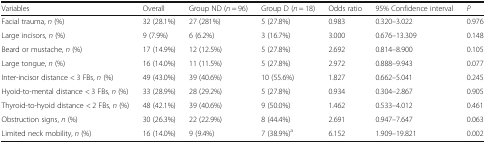
<table><thead><tr><td><b>Variables</b></td><td><b>Overall</b></td><td><b>Group ND (<i>n</i> = 96)</b></td><td><b>Group D (<i>n</i> = 18)</b></td><td><b>Odds ratio</b></td><td><b>95% Confidence interval</b></td><td><b><i>P</i></b></td></tr></thead><tbody><tr><td>Facial trauma, <i>n</i> (%)</td><td>32 (28.1%)</td><td>27 (281%)</td><td>5 (27.8%)</td><td>0.983</td><td>0.320–3.022</td><td>0.976</td></tr><tr><td>Large incisors, <i>n</i> (%)</td><td>9 (7.9%)</td><td>6 (6.2%)</td><td>3 (16.7%)</td><td>3.000</td><td>0.676–13.309</td><td>0.148</td></tr><tr><td>Beard or mustache, <i>n</i> (%)</td><td>17 (14.9%)</td><td>12 (12.5%)</td><td>5 (27.8%)</td><td>2.692</td><td>0.814–8.900</td><td>0.105</td></tr><tr><td>Large tongue, <i>n</i> (%)</td><td>16 (14.0%)</td><td>11 (11.5%)</td><td>5 (27.8%)</td><td>2.972</td><td>0.888–9.943</td><td>0.077</td></tr><tr><td>Inter-incisor distance &lt; 3 FBs, <i>n</i> (%)</td><td>49 (43.0%)</td><td>39 (40.6%)</td><td>10 (55.6%)</td><td>1.827</td><td>0.662–5.041</td><td>0.245</td></tr><tr><td>Hyoid-to-mental distance &lt; 3 FBs, <i>n</i> (%)</td><td>33 (28.9%)</td><td>28 (29.2%)</td><td>5 (27.8%)</td><td>0.934</td><td>0.304–2.867</td><td>0.905</td></tr><tr><td>Thyroid-to-hyoid distance &lt; 2 FBs, <i>n</i> (%)</td><td>48 (42.1%)</td><td>39 (40.6%)</td><td>9 (50.0%)</td><td>1.462</td><td>0.533–4.012</td><td>0.461</td></tr><tr><td>Obstruction signs, <i>n</i> (%)</td><td>30 (26.3%)</td><td>22 (22.9%)</td><td>8 (44.4%)</td><td>2.691</td><td>0.947–7.647</td><td>0.063</td></tr><tr><td>Limited neck mobility, <i>n</i> (%)</td><td>16 (14.0%)</td><td>9 (9.4%)</td><td>7 (38.9%)<sup>a</sup></td><td>6.152</td><td>1.909–19.821</td><td>0.002</td></tr></tbody></table>